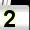
Digit: 2